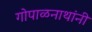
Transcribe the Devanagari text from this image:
गोपाळनाथांनी